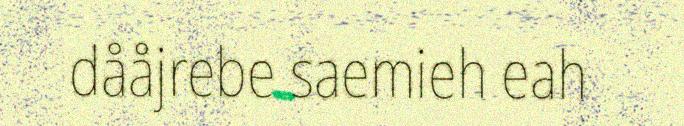
dååjrebe saemieh eah